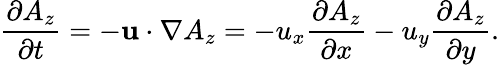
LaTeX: \frac{{\partial{A_{z}}}}{{\partial t}}=-{\mathbf{u}}\cdot\nabla{A_{z}}=-{u_{x}}\frac{{\partial{A_{z}}}}{{\partial x}}-{u_{y}}\frac{{\partial{A_{z}}}}{{\partial y}}.